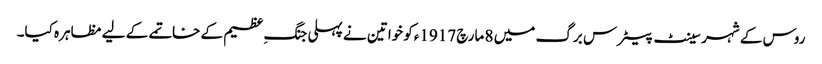
روس کے شہر سینٹ پیٹرس برگ میں 8 مارچ 1917ءکو خواتین نے پہلی جنگِ عظیم کے خاتمے کے لیے مظاہرہ کیا۔